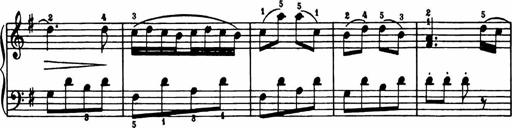
Title: Analytical Sonatinas
Composer: Frank Lynes